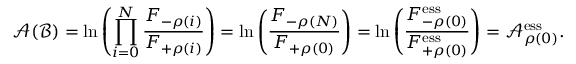
\mathcal { A } ( \mathcal { B } ) = \ln \left( \prod _ { i = 0 } ^ { N } \frac { F _ { - \rho ( i ) } } { F _ { + \rho ( i ) } } \right) = \ln \left( \frac { F _ { { - \rho } ( N ) } } { F _ { { + \rho ( 0 ) } } } \right) = \ln \left( \frac { F _ { { - \rho } ( 0 ) } ^ { \mathrm { e s s } } } { F _ { { + \rho ( 0 ) } } ^ { \mathrm { e s s } } } \right) = \mathcal { A } _ { \rho ( 0 ) } ^ { \mathrm { e s s } } .